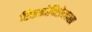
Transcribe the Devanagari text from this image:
सिडकोविरोधातला